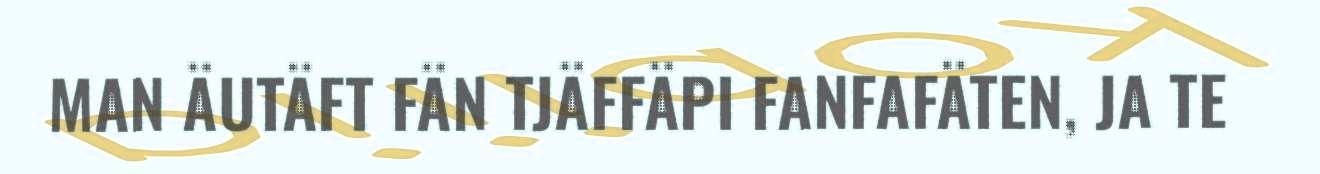
MAN ÄUTÄFT FÄN TJÄFFÄPI FANFAFÄTEN, JA TE